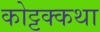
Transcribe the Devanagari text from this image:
कोट्टक्कथा